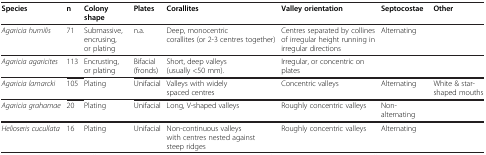
<table><thead><tr><td><b>Species</b></td><td><b>n</b></td><td><b>Colony shape</b></td><td><b>Plates</b></td><td><b>Corallites</b></td><td><b>Valley orientation</b></td><td><b>Septocostae</b></td><td><b>Other</b></td></tr></thead><tbody><tr><td><i>Agaricia humilis</i></td><td>71</td><td>Submassive, encrusing, or plating</td><td>n.a.</td><td>Deep, monocentric corallites (or 2-3 centres together)</td><td>Centres separated by collines of irregular height running in irregular directions</td><td>Alternating</td><td> </td></tr><tr><td><i>Agaricia agaricites</i></td><td>113</td><td>Encrusting, or plating</td><td>Bifacial (fronds)</td><td>Short, deep valleys (usually &lt;50 mm).</td><td>Irregular, or concentric on plates</td><td> </td><td> </td></tr><tr><td><i>Agaricia lamarcki</i></td><td>105</td><td>Plating</td><td>Unifacial</td><td>Valleys with widely spaced centres</td><td>Concentric valleys</td><td>Alternating</td><td>White &amp; star-shaped mouths</td></tr><tr><td><i>Agaricia grahamae</i></td><td>20</td><td>Plating</td><td>Unifacial</td><td>Long, V-shaped valleys</td><td>Roughly concentric valleys</td><td>Non-alternating</td><td> </td></tr><tr><td><i>Helioseris cucullata</i></td><td>16</td><td>Plating</td><td>Unifacial</td><td>Non-continuous valleys with centres nested against steep ridges</td><td>Roughly concentric valleys</td><td>Alternating</td><td> </td></tr></tbody></table>